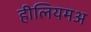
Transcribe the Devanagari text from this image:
हीलियमअ